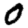
Digit: 0